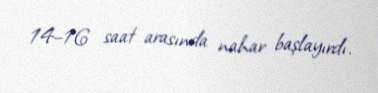
14–16 saat arasında nahar başlayırdı.